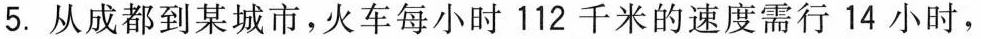
5.从成都到某城市，火车每小时112千米的速度需行14小时，